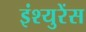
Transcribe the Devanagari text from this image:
इंश्युरेंस